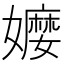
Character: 𡣥